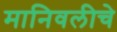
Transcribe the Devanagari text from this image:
मानिवलीचे